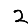
Digit: 2